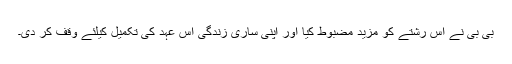
بی بی نے اس رشتے کو مزید مضبوط کیا اور اپنی ساری زندگی اس عہد کی تکمیل کیلئے وقف کر دی۔